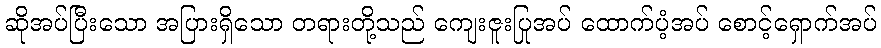
ဆိုအပ်ပြီးသော အပြားရှိသော တရားတို့သည် ကျေးဇူးပြုအပ် ထောက်ပံ့အပ် စောင့်ရှောက်အပ်